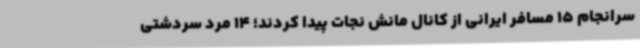
سرانجام 15 مسافر ایرانی از کانال مانش نجات پیدا کردند؛ 14 مرد سردشتی